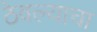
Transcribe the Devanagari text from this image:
ठेवल्याचा